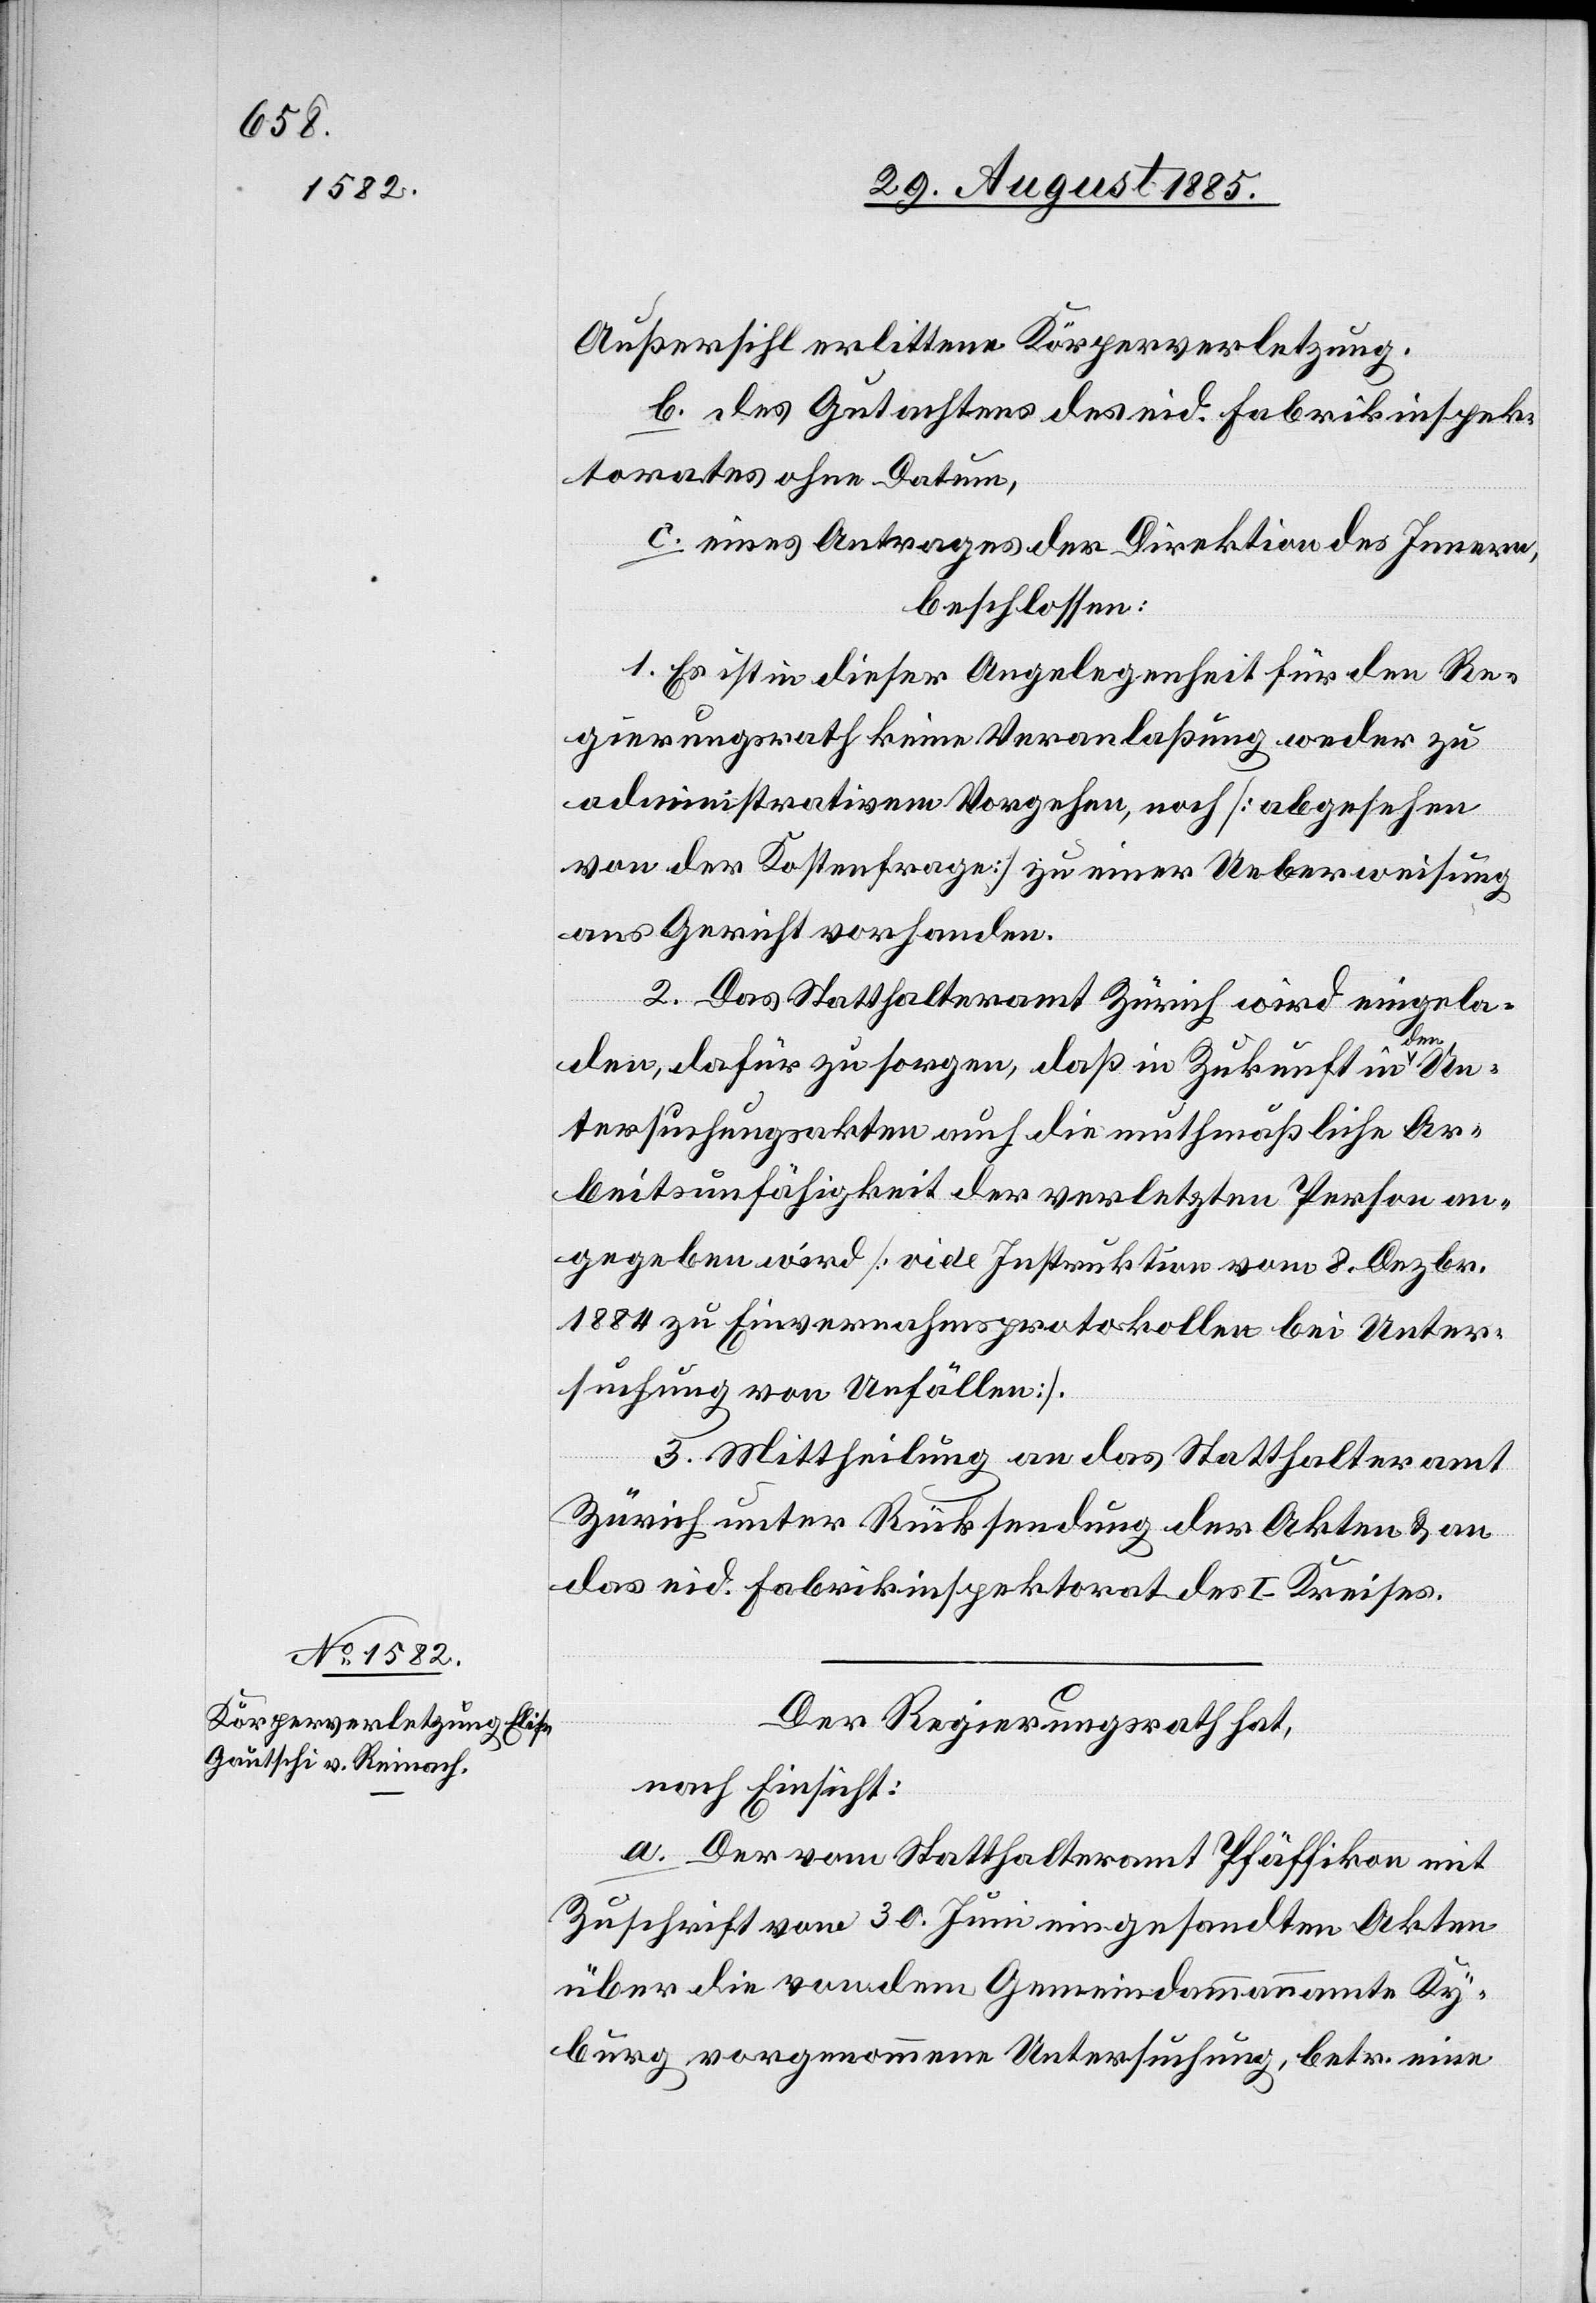
Außersihl erlittene Körperverletzung,
b. des Gutachtens des eid. Fabrikinspek¬
torates ohne Datum,
c. eines Antrages der Direktion des Innern,
beschlossen:
1. Es ist in dieser Angelegenheit für den Re¬
gierungsrath keine Veranlaßung weder zu
administrativem Vorgehen, noch [abgesehen
von der Kostenfrage] zu einer Ueberweisung
ans Gericht vorhanden.
2. Das Statthalteramt Zürich wird eingela¬
den, dafür zu sorgen, daß in Zukunft in den Un¬
tersuchungsakten auch die muthmaßliche Ar¬
beitsunfähigkeit der verletzten Person an¬
gegeben wird [vide Instruktion vom 8. Dezbr.
1884 zu Einvernahmsprotokollen bei Unter¬
suchung von Unfällen].
3. Mittheilung an das Statthalteramt
Zürich unter Rücksendung der Akten & an
das eid. Fabrikinspektorat des I. Kreises.
Der Regierungsrath hat,
nach Einsicht:
a. Der vom Statthalteramt Pfäffikon mit
Zuschrift vom 30. Juni eingesandten Akten
über die von dem Gemeindammannamte Ky¬
burg vorgenommene Untersuchung, betr. eine